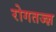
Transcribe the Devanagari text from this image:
रोगतज्ज्ञ